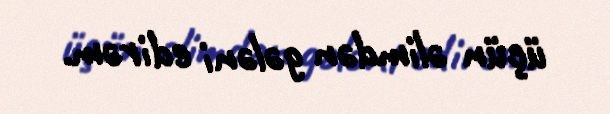
üçün əlimdən gələni edirəm.